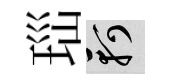
𤤼軻